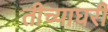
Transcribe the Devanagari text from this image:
तीच्याघरी